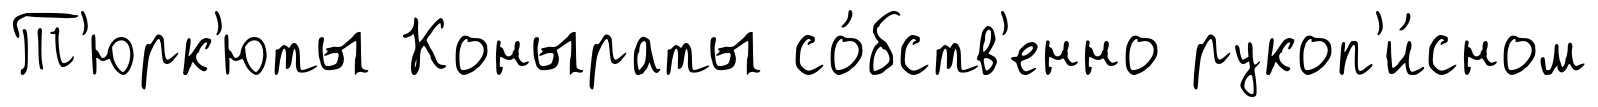
Т'юрк'юты Коныраты со́бств'енно рукоп'и́сном